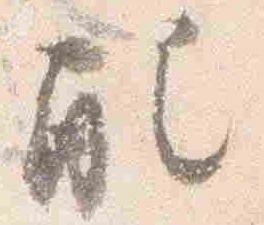
配